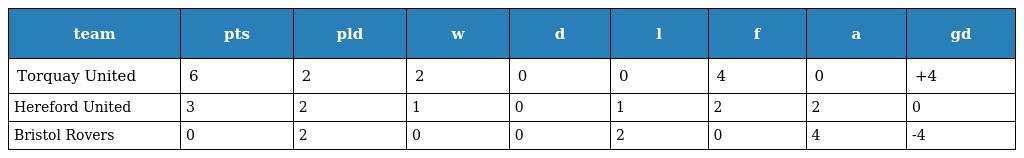
| team | pts | pld | w | d | l | f | a | gd |
 | --- | --- | --- | --- | --- | --- | --- | --- | --- |
 | Torquay United | 6 | 2 | 2 | 0 | 0 | 4 | 0 | +4 |
 | Hereford United | 3 | 2 | 1 | 0 | 1 | 2 | 2 | 0 |
 | Bristol Rovers | 0 | 2 | 0 | 0 | 2 | 0 | 4 | -4 |